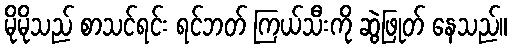
မိုမိုသည် စာသင်ရင်း ရင်ဘတ် ကြယ်သီးကို ဆွဲဖြုတ် နေသည်။